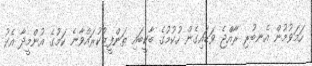
ހަމަވުމުން އެނބުރި ރާއްޖެ ވަޑައިގެން ހުކުމުގެ ބާކީބައި ތަންފީޒުކުރައްވާނެ ކަމުގެ އުންމީދާ އެކު